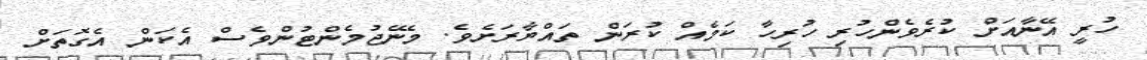
ހުރީ އޭނާއަށް ކުރެވެންހުރި ހުރިހާ ކަމެއް ކުރަން ތައްޔާރަށެވެ. މެނޭޖުމެންޓުންވެސް އެކަން އެގޮތަށް